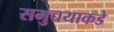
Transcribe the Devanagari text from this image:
समुच्चयाकडे